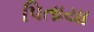
પિતાયા